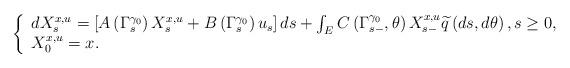
LaTeX: \begin{align*}\left\{\begin{array}[c]{l}dX_{s}^{x,u}=\left[ A\left( \Gamma_{s}^{\gamma_{0}}\right) X_{s}^{x,u}+B\left( \Gamma_{s}^{\gamma_{0}}\right) u_{s}\right] ds+\int_{E}C\left( \Gamma_{s-}^{\gamma_{0}},\theta\right) X_{s-}^{x,u}\widetilde{q}\left( ds,d\theta\right) ,s\geq0,\\X_{0}^{x,u}=x.\end{array}\right. \end{align*}